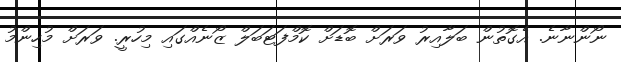
ނޯންނާނެ. އެގޮތުން ބަލާއިރު ވަރަށް ބޮޑަށް ކޮމްފަޓަބަލް ޒޯނެއްގައި މިހުރީ. ވަރަށް މުހިންމު